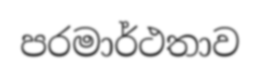
පරමාර්ථතාව